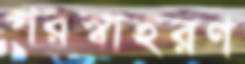
পরস্বাহরণ